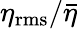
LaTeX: \eta_{\mathrm{rms}}/\bar{\eta}